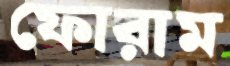
ফোরাম